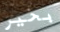
بخير